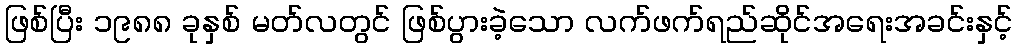
ဖြစ်ပြီး ၁၉၈၈ ခုနှစ် မတ်လတွင် ဖြစ်ပွားခဲ့သော လက်ဖက်ရည်ဆိုင်အရေးအခင်းနှင့်